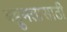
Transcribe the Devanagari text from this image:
बहुमतासाठी